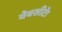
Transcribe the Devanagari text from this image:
वेबसीटे।